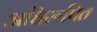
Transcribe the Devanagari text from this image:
अधिरूपित